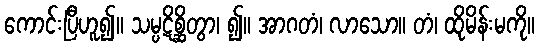
ကောင်းပြီဟူ၍။ သမ္ပဋိစ္ဆိတွာ၊ ၍။ အာဂတံ၊ လာသော။ တံ၊ ထိုမိန်းမကို။